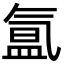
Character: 氲